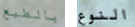
بالطبع النوع